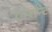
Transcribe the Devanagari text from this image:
एन्शन्ट